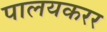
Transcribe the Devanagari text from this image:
पालयकरर